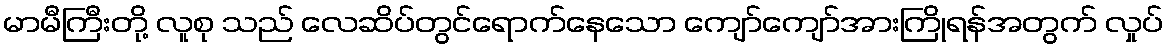
မာမီကြီးတို့ လူစု သည် လေဆိပ်တွင်ရောက်နေသော ကျော်ကျော်အားကြိုရန်အတွက် လှုပ်